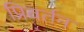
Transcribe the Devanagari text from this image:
प्रिवर्तन